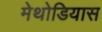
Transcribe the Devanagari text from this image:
मेथोडियास